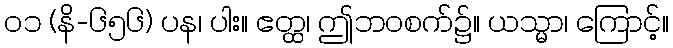
၀၁ (နိ-၆၅၆) ပန၊ ပါး။ ဧတ္ထ၊ ဤဘဝစက်၌။ ယသ္မာ၊ ကြောင့်။